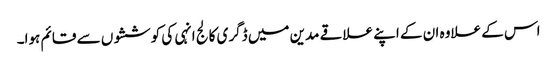
اس کے علاوہ ان کے اپنے علاقے مدین میں ڈگری کالج انہی کی کوششوں سے قائم ہوا۔